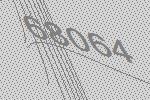
68064